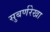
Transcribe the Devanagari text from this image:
सुबर्णरेखा